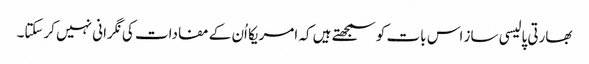
بھارتی پالیسی ساز اس بات کو سمجھتے ہیں کہ امریکا اُن کے مفادات کی نگرانی نہیں کرسکتا۔